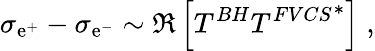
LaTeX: \sigma_{\mathrm{e}^{+}}-\sigma_{\mathrm{e}^{-}}\sim\Re\left[T^{BH}{T^{FVCS}}^{*}\right]\; ,